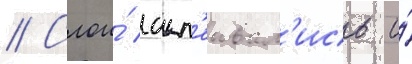
// Слои́ скл'еивал'ись и́